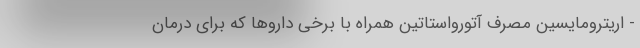
- اریترومایسین مصرف آتورواستاتین همراه با برخی داروها که برای درمان